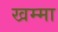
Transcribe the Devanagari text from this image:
खम्मा